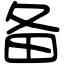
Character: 备